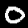
Label: 0